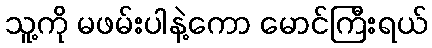
သူ့ကို မဖမ်းပါနဲ့ကော မောင်ကြီးရယ်